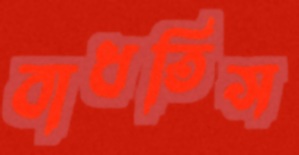
বাধতিস